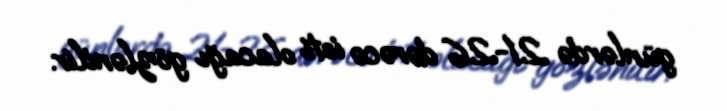
günlərdə 21-26 dərəcə isti olacağı gözlənilir.